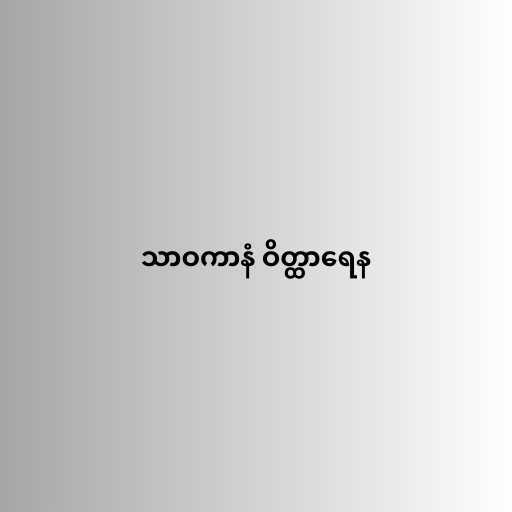
သာဝကာနံ ဝိတ္ထာရေန